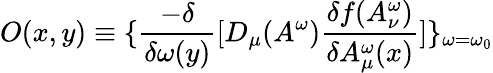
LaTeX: O(x,y)\equiv\{ \frac{-\delta}{\delta\omega(y)}[D_{\mu}(A^{\omega})\frac{\delta f(A_{\nu}^{\omega})}{\delta A_{\mu}^{\omega}(x)}]\} _{\omega=\omega_{0}}